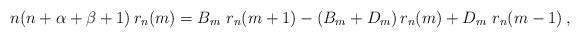
\begin{align*} n(n+\alpha+\beta+1)\, r_n(m)=B_m \ r_{n}(m+1) -(B_m+D_m )\, r_n(m)+ D_m\ r_n(m-1)\,,\end{align*}